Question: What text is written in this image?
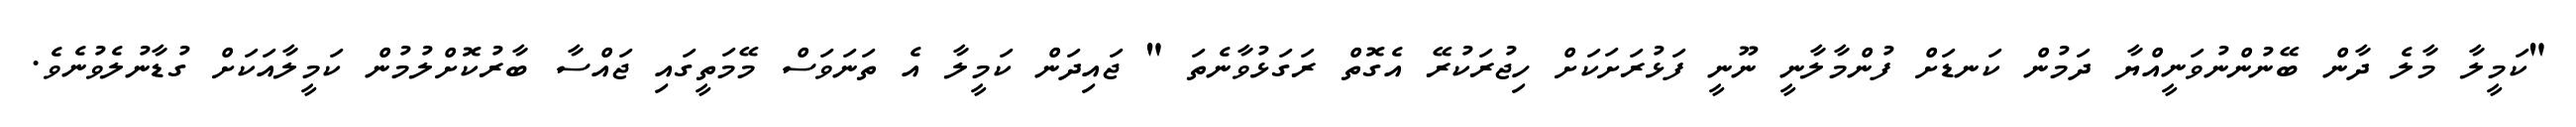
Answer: "ކަމީލާ މާލެ ދާން ބޭނުންނުވަނީއްޔާ ދަމުން ކަނޑަށް ފުންމާލާނީ ނޫނީ ފަޅުރަށަކަށް ހިޖުރަކުރޭ އެގޮތް ރަގަޅުވާނެތަ " ޖައިދަން ކަމީލާ އެ ތަނަވަސް މޭމަތީގައި ޖައްސާ ބާރުކޮށްލުމުން ކަމީލާއަކަށް ގުޑާނުލެވުނެވެ.